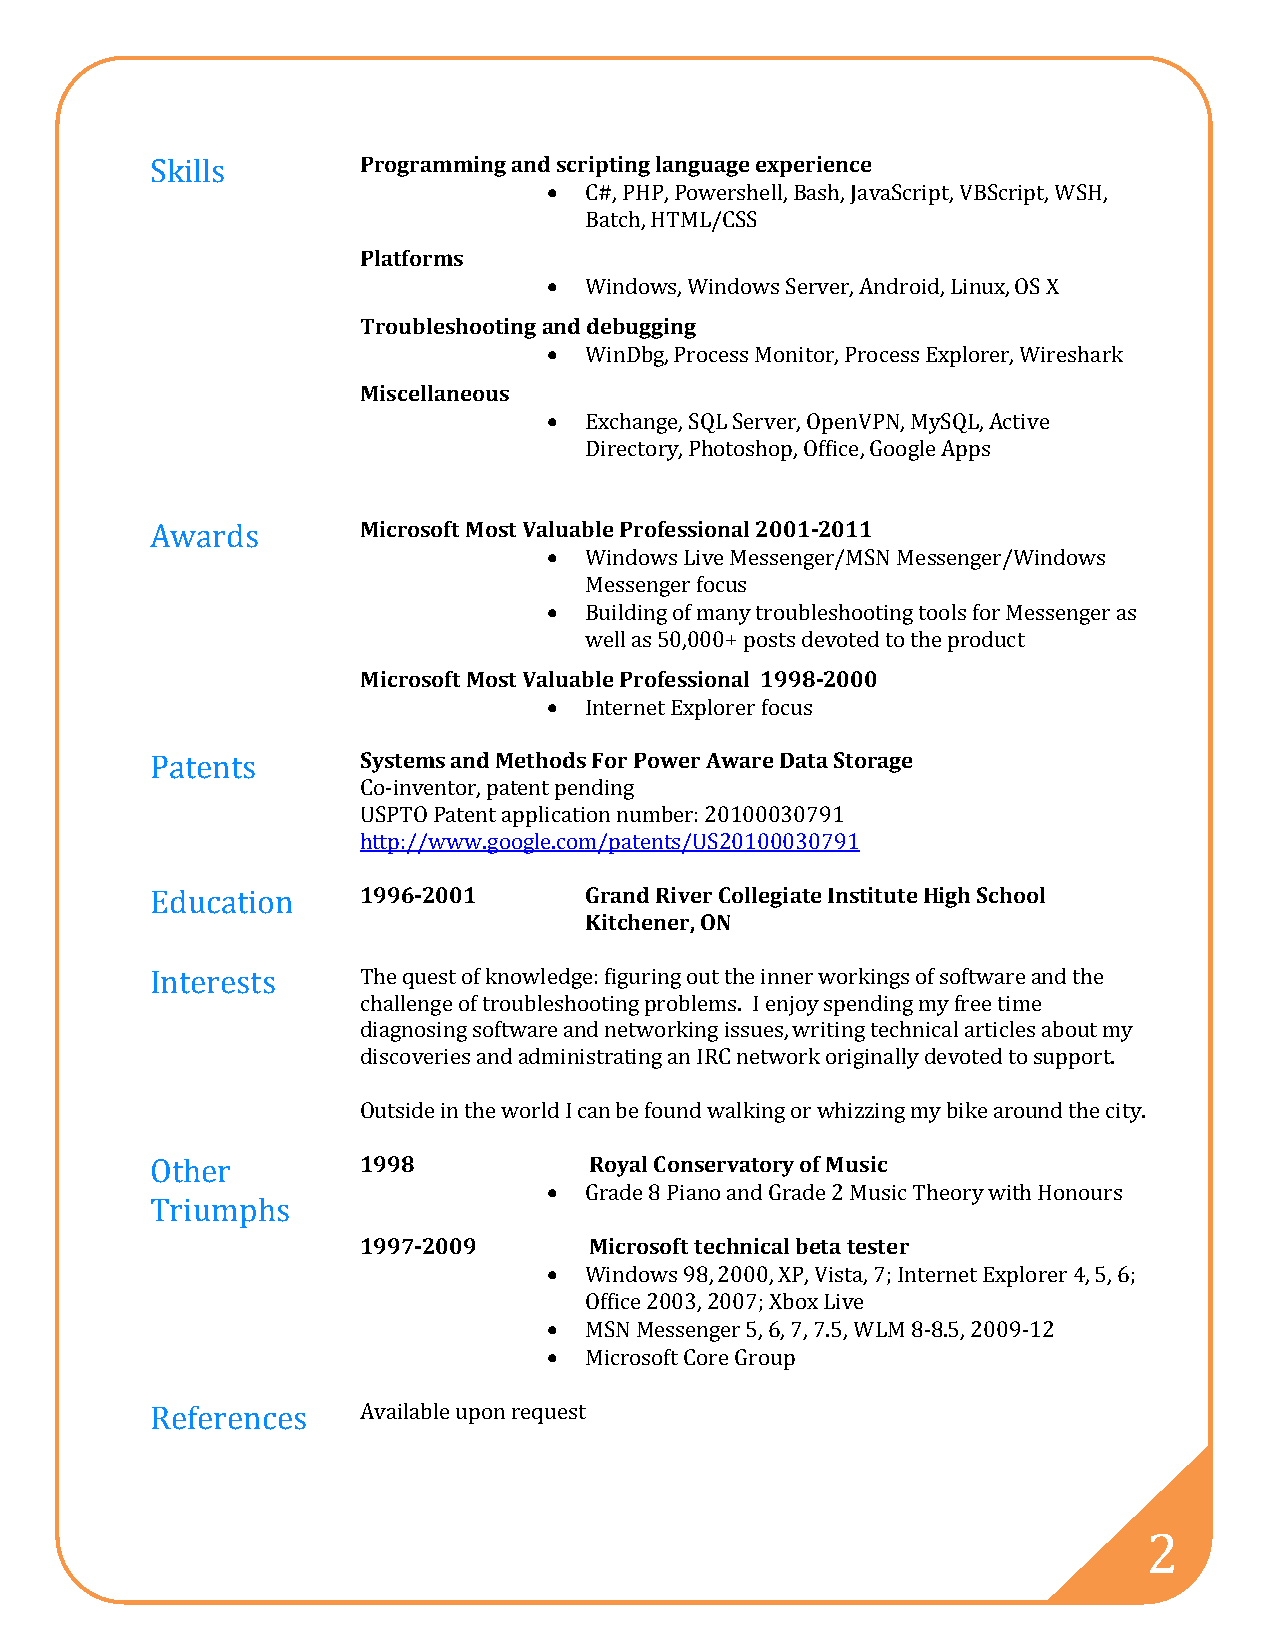
Programming and scripting language experience
 •
 Skills                       C#, PHP, Powershell, Bash, JavaScript, VBScript, WSH,
 Platforms
 Batch, HTML/CSS
 •
 Troubleshooting and debugging
 Windows, Windows Server, Android, Linux, OS X
 •
 Miscellaneous
 WinDbg, Process Monitor, Process Explorer, Wireshark
 •
 Exchange, SQL Server, OpenVPN, MySQL, Active
 Directory, Photoshop, Office, Google Apps
 Microsoft Most Valuable Professional 2001-2011
 •
 Awards                    •  Windows Live Messenger/MSN Messenger/Windows
 Messenger focus
 Building of many troubleshooting tools for Messenger as
 Microsoft Most Valuable Professional 1998-2000
 well as 50,000+ posts devoted to the product
 •
 Systems and MethodsI Fnoterr Pneotw Eexrp Alowrearr feo Dcuast a Storage
 Patents       Co-inventor, patent pending
 USPTO Patent application number: 20100030791
 h1t9t9p6:/-/2w0w01w .go ogle.comG/rpaantde nRtisv/eUrS C2o0l1l0eg0i0a3t0e7 I9n1s t itute High School
 Kitchener, ON
 Education
 The quest of knowledge: figuring out the inner workings of software and the
 Interests     challenge of troubleshooting problems. I enjoy spending my free time
 diagnosing software and networking issues, writing technical articles about my
 discoveries and administrating an IRC network originally devoted to support.
 O19u9ts8id e in the world I caRno byea lf oCuonnds ewravlaktionrgy o or fw Mhuizsziicn g my bike around the city.
 •
 Other         1997-2009      GMriacdreo 8so Pfita tneoc hanndic Garl abdeet a2 tMesutseicr Theory with Honours
 Triumphs                  •
 •  Windows 98, 2000, XP, Vista, 7; Internet Explorer 4, 5, 6;
 •  Office 2003, 2007; Xbox Live
 MSN Messenger 5, 6, 7, 7.5, WLM 8-8.5, 2009-12
 Microsoft Core Group
 Available upon request
 References
 2